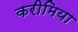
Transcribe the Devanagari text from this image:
करीमिया